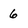
Character: 6